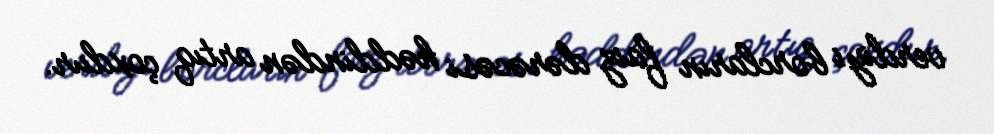
verdiyi borcların faiz dərəcəsi həddindən artıq çoxdur.